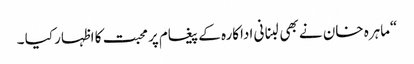
“ماہرہ خان نے بھی لبنانی اداکارہ کے پیغام پر محبت کا اظہار کیا ۔